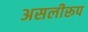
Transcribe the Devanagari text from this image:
असलीरूप